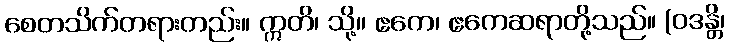
စေတသိက်တရားတည်း။ ဣတိ၊ သို့။ ဧကေ၊ ဧကေဆရာတို့သည်။ (ဝဒန္တိ၊